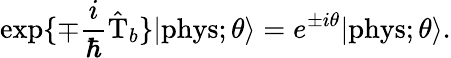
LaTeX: \exp\{ \mp\frac{i}{\hbar}\hat{\mathrm{T}}_{b}\} |\mathrm{phys};\theta\rangle=e^{\pm i\theta}|\mathrm{phys};\theta\rangle.